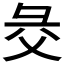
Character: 𢑓